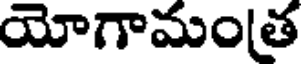
యోగామంత